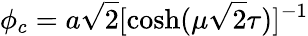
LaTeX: \phi_{c}=a\sqrt 2[{\cosh(\mu\sqrt 2\tau)}]^{-1}